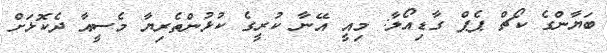
ބަޔާންގެ ކޯޗް ޕެޕް ގާޑިއޯލާ: މިއީ އޭނާ ކުރީގެ ކުޅުންތެރިޔާ މެސީއާ ދެކޮޅަށް